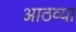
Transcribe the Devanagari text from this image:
आठव्‍या